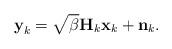
LaTeX: \begin{align*}\textbf{y}_k=\sqrt{\beta}\textbf{H}_k\textbf{x}_k+\textbf{n}_k.\end{align*}